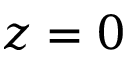
z = 0